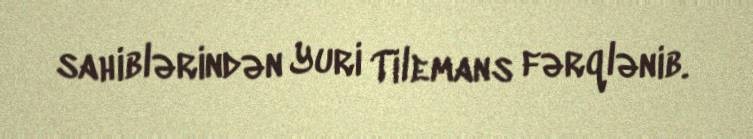
sahiblərindən Yuri Tilemans fərqlənib.